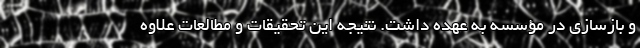
و بازسازی در مؤسسه به عهده داشت. نتیجه این تحقیقات و مطالعات علاوه